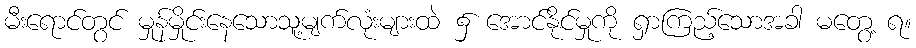
မီးရောင်တွင် မှုန်မှိုင်းနေသောသူ့မျက်လုံးများထဲ ၌ အောင်နိုင်မှုကို ရှာကြည့်သောအခါ မတွေ့ ရ။